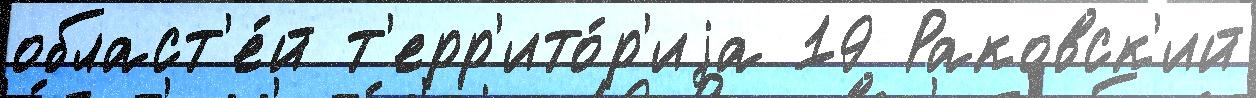
област'е́й т'ерр'ито́р'иjа 19 Раковск'ий